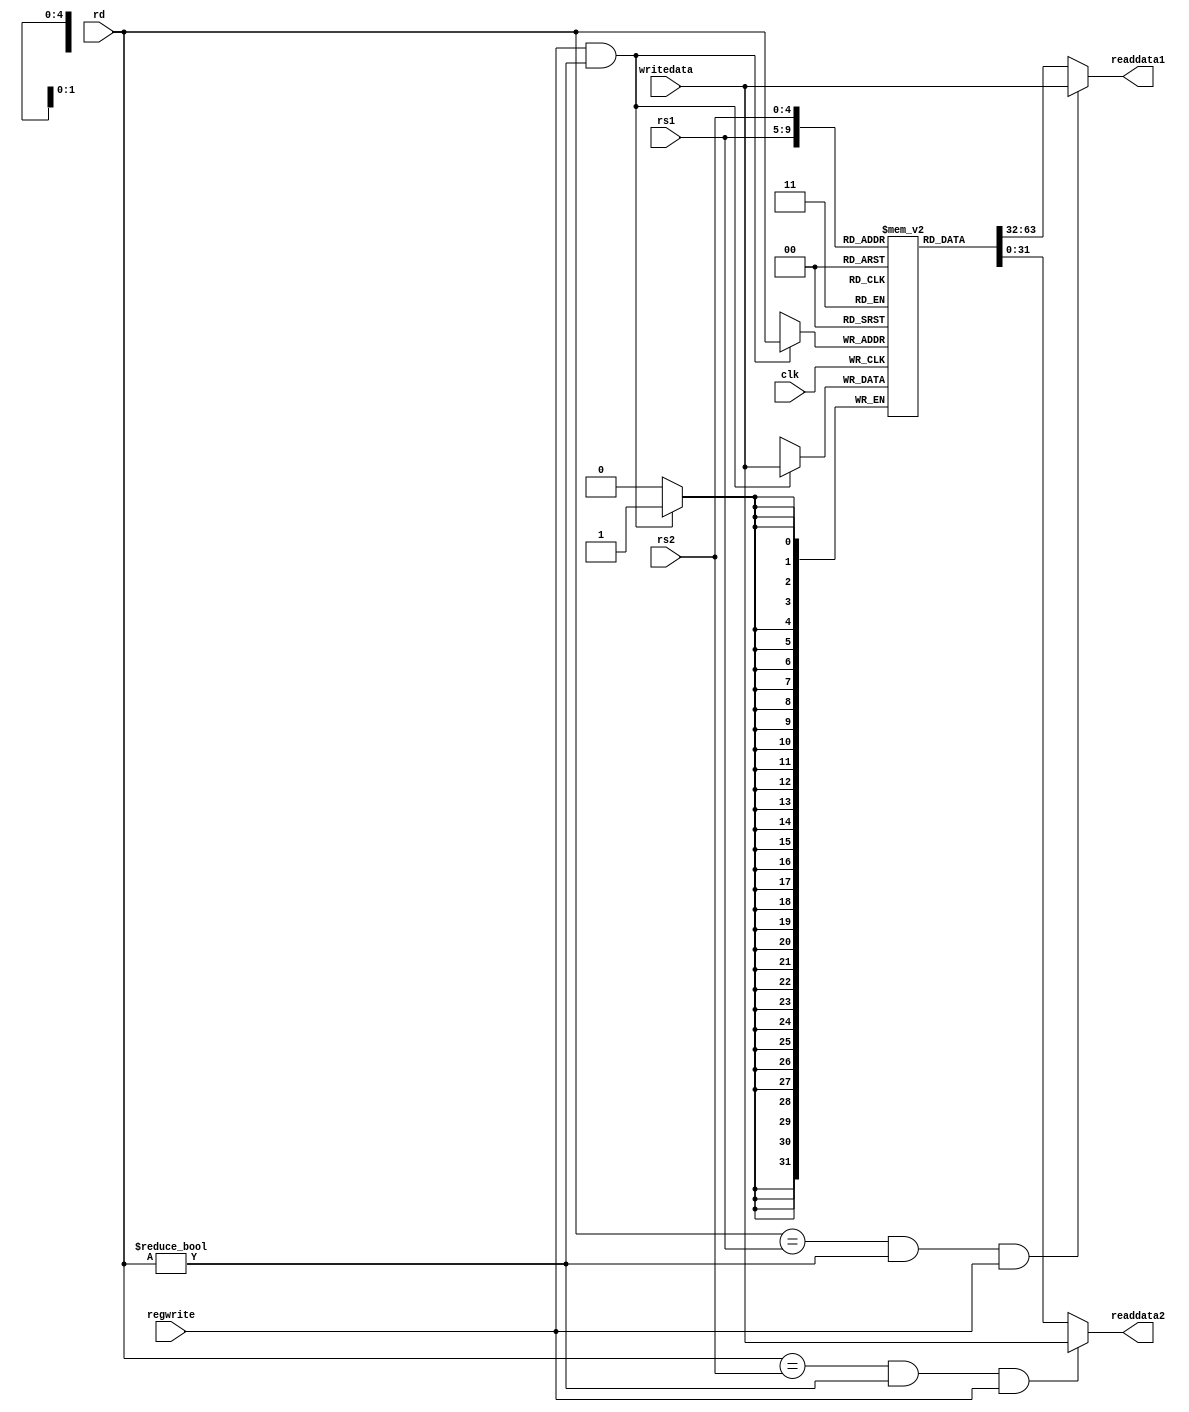
module registerfilenew(clk, rs1, rs2, rd, writedata, regwrite, readdata1, readdata2);

    input clk;
    input [4:0] rs1, rs2, rd;
    input [31:0] writedata;
    input regwrite;

    output wire [31:0] readdata1, readdata2;

    reg [31:0] regfile [0:31];

    initial 
    begin
      regfile[0] <= 0;
    end

    wire x1 = (rd == rs1 & rd != 0 & regwrite == 1);
    wire x2 = (rd == rs2 & rd != 0 & regwrite == 1);
    assign readdata1 =  x1 ? writedata: regfile[rs1];
    assign readdata2 =  x2 ? writedata: regfile[rs2];

    always @ (posedge clk)
    begin
        if (regwrite == 1 & rd != 0)
          regfile[rd] <= writedata;

    end

endmodule